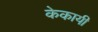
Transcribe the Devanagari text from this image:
केकायी